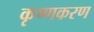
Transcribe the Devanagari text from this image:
कृष्णकरण